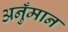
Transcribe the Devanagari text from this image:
अनुँमान